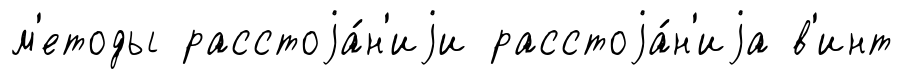
м'етоды расстоjа́н'иjи расстоjа́н'иjа в'инт